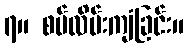
၇။ စပ်လိမ်းကျံခြင်း။